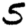
Digit: 5